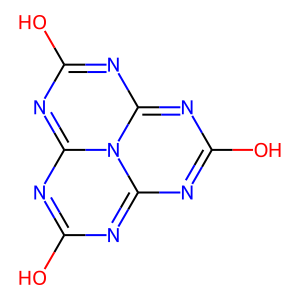
SMILES: Oc1nc2nc(O)nc3nc(O)nc(n1)-n-2-3
Inhibits HIV replication: No